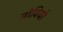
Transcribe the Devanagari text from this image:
नोवियो